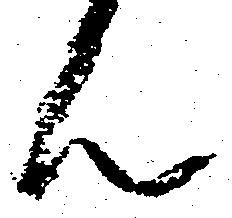
ん